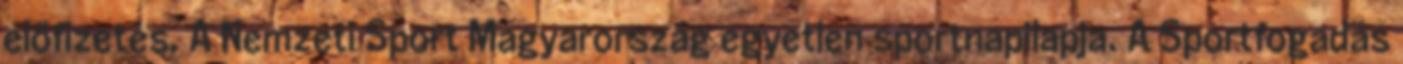
előfizetés. A Nemzeti Sport Magyarország egyetlen sportnapilapja. A Sportfogadás